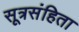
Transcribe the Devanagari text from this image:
सूत्रसंहिता